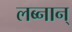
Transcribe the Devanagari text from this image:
लब्नान्